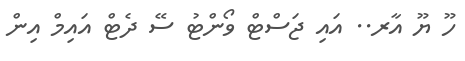
ހޫ ޔޫ އާރ.. އައި ޖަސްޓް ވޯންޓު ސޭ ދެޓް އައިމް އިން